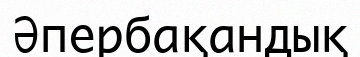
Әпербақандық